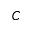
C